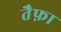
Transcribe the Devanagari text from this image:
तैफ़ा